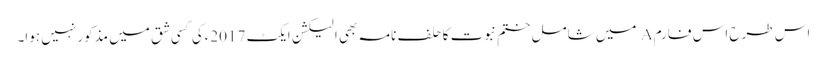
اس طرح اس فارم A میں شامل ختم نبوت کا حلف نامہ بھی الیکشن ایکٹ 2017ءکی کسی شق میں مذکور نہیں ہوا۔